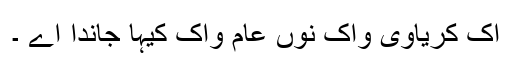
اک کریاوی واک نوں عام واک کیہا جاندا اے ۔